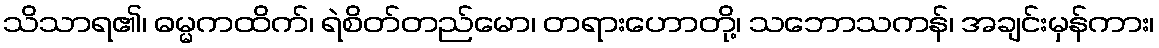
သိသာရ၏၊ ဓမ္မကထိက်၊ ရဲစိတ်တည်မော၊ တရားဟောတို့၊ သဘောသကန်၊ အချင်းမှန်ကား၊